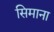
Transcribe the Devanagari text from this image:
सिमाना